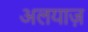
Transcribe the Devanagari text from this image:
अलयाज़